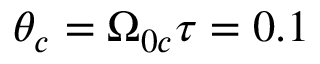
\theta _ { c } = \Omega _ { 0 c } \tau = 0 . 1